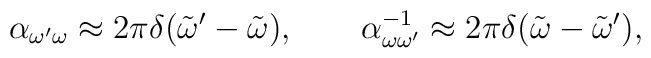
\alpha_{\omega'\omega}\approx 2\pi\delta(\tilde\omega'-\tilde\omega),\qquad\alpha_{\omega\omega'}^{-1}\approx 2\pi\delta(\tilde\omega-\tilde\omega'),